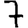
Digit: 7